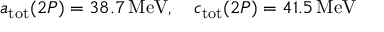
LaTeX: a _ { \mathrm { t o t } } ( 2 P ) = 3 8 . 7 \, \mathrm { M e V } , \quad c _ { \mathrm { t o t } } ( 2 P ) = 4 1 . 5 \, \mathrm { M e V }